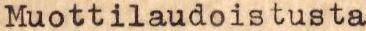
Muottilaudoistusta